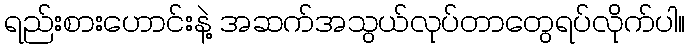
ရည်းစားဟောင်းနဲ့ အဆက်အသွယ်လုပ်တာတွေရပ်လိုက်ပါ။